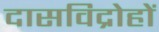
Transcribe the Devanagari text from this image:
दासविद्रोहों